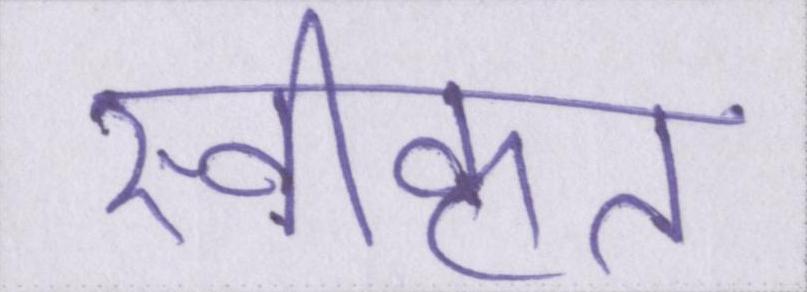
स्वीकृत